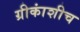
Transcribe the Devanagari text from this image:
ग्रीकांशीच